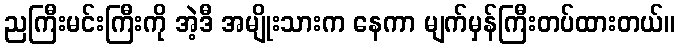
ညကြီးမင်းကြီးကို အဲ့ဒီ အမျိုးသားက နေကာ မျက်မှန်ကြီးတပ်ထားတယ်။